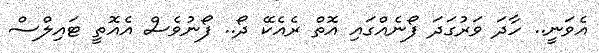
އެވަނީ.. ހާދަ ވަރުގަދަ ފޯނެއްގައި އޮތް ރެއެކޭ ދޯ.. ފޯނުވެސް އެއޮތީ ޓައިލްސް